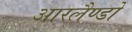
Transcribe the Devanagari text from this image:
आरलैण्डो